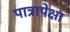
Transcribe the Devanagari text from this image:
पात्रापेक्षा